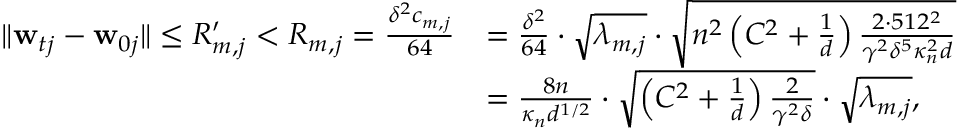
\begin{array} { r l } { \| \mathbf { w } _ { t j } - \mathbf { w } _ { 0 j } \| \leq R _ { m , j } ^ { \prime } < R _ { m , j } = \frac { \delta ^ { 2 } c _ { m , j } } { 6 4 } } & { = \frac { \delta ^ { 2 } } { 6 4 } \cdot \sqrt { \lambda _ { m , j } } \cdot \sqrt { n ^ { 2 } \left( C ^ { 2 } + \frac { 1 } { d } \right) \frac { 2 \cdot 5 1 2 ^ { 2 } } { \gamma ^ { 2 } \delta ^ { 5 } \kappa _ { n } ^ { 2 } d } } } \\ & { = \frac { 8 n } { \kappa _ { n } d ^ { 1 / 2 } } \cdot \sqrt { \left( C ^ { 2 } + \frac { 1 } { d } \right) \frac { 2 } { \gamma ^ { 2 } \delta } } \cdot \sqrt { \lambda _ { m , j } } , } \end{array}